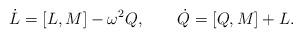
LaTeX: \begin{align*} \dot{L}=[L,M]-\omega^2Q, \qquad \dot{Q}=[Q,M]+L.\end{align*}